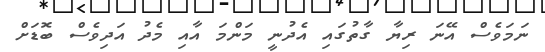
ނަމަވެސް އޭނަ ރިޔާ ގާތުގައި އެދުނީ މަންމަ އާއި މެދު އަދިވެސް ބޮޑަށް